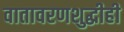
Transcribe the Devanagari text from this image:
वातावरणशुद्धीही